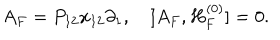
A _ { F } = P _ { 1 2 } x _ { 1 2 } \partial _ { 1 } , [ A _ { F } , H _ { F } ^ { ( 0 ) } ] = 0 .